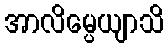
အာလိမ္ပေယျာသိ